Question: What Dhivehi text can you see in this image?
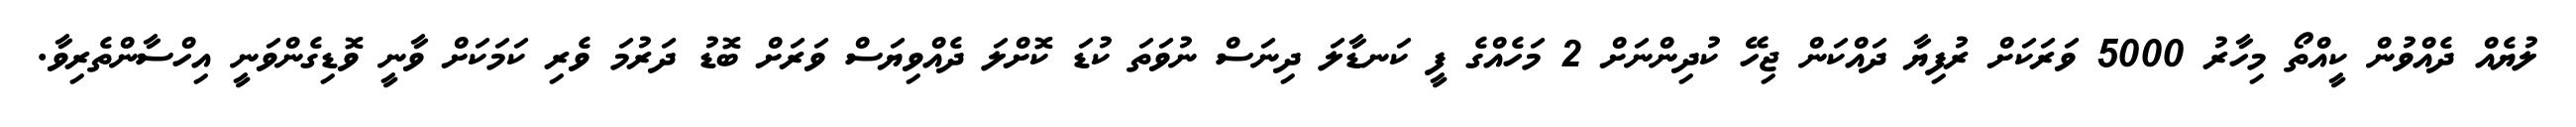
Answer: ލުޔެއް ދެއްވުން ކީއްތޯ މިހާރު 5000 ވަރަކަށް ރުފިޔާ ދައްކަން ޖިހޭ ކުދިންނަށް 2 މަހެއްގެ ފީ ކަނޑާލަ ދިނަސް ނުވަތަ ކުޑަ ކޮށްލަ ދެއްވިޔަސް ވަރަށް ބޮޑު ދަރުމަ ވެރި ކަމަކަށް ވާނީ ވޮޑިގެންވަނީ އިހްސާންތެރިވާ.